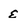
Character: e